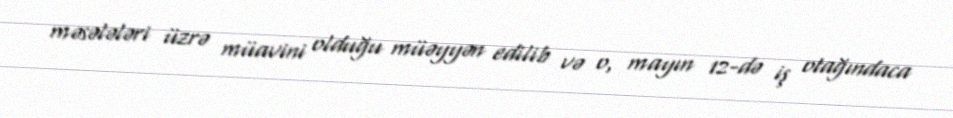
məsələləri üzrə müavini olduğu müəyyən edilib və o, mayın 12-də iş otağındaca